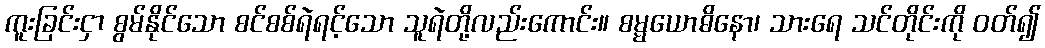
ကူးခြင်းငှာ စွမ်နိုင်သော စင်စစ်ရဲရင့်သော သူရဲတို့လည်းကောင်း။ စမ္မယောဓိနော၊ သားရေ သင်တိုင်းကို ဝတ်၍